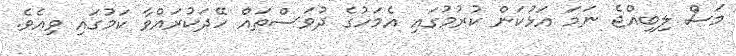
މަސް ލިބިއްޖެ ނަމަ އަޅުކަން ކުރުމުގައި އެމަހުގެ ދުވަސްތައް ހޭދަކުރައްވާ ކަމުގައި ވިއެވެ.